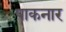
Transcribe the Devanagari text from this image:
पाकनार